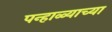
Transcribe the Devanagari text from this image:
पन्हाळ्याच्या